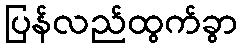
ပြန်လည်ထွက်ခွာ